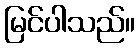
မြင်ပါသည်။